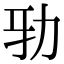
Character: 𠡅